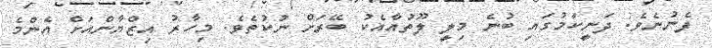
ފެނުނެވެ. ދަނީކަމުގައި ބުނެ މިލީ ލޫތުއާއެކު ބޭރަށް ނުކުތެވެ. މިހާރު އިޒްޔާންއަށް އެންމެ